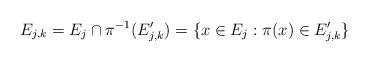
LaTeX: \begin{align*}E_{j,k}=E_j\cap \pi^{-1}(E'_{j,k})=\{x\in E_j: \pi(x) \in E'_{j,k}\}\end{align*}